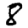
Digit: 8